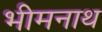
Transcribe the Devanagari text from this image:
भीमनाथ